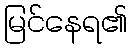
မြင်နေရ၏